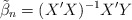
\begin{align*}\tilde{\beta}_n = (X'X)^{-1}X'Y\end{align*}